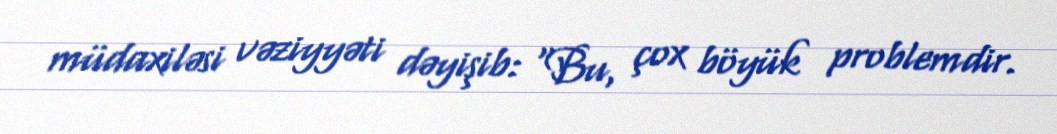
müdaxiləsi vəziyyəti dəyişib: “Bu, çox böyük problemdir.